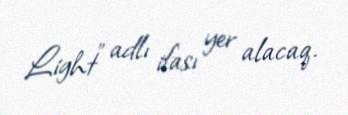
Light” adlı ifası yer alacaq.